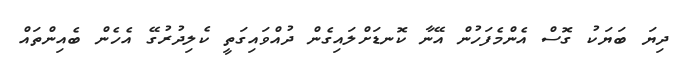
ދިޔަ ބަޔަކު ގޮސް އެންމެފަހުން އޭނާ ކޮނޑަށްލައިގެން ދުއްވައިގަތީ ކެލިދުރުގޭ އެހެން ބެއިންތައް